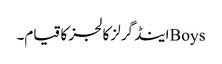
Boysاینڈ گرلز کالجز کا قیام۔